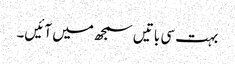
بہت سی باتیں سمجھ میں آئیں۔